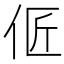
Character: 𰁳